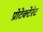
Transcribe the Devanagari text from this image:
प्रोटेक्टेरेट